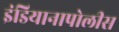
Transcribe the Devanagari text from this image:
इंडियानापोलीस